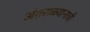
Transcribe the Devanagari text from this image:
अंतराळयानाची